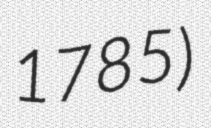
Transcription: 1785)